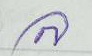
ล